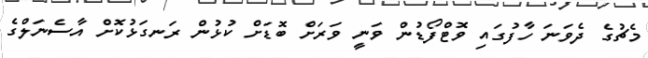
މެޗުގެ ދެވަނަ ހާފުގައި ވޮޓްފޯޑުން ވަނީ ވަރަށް ބޮޑަށް ކުޅުން ރަނގަޅުކޮށް އާސެނަލްގެ